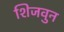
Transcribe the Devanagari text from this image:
शिजवुन